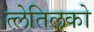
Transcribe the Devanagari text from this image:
त्लेतिलको